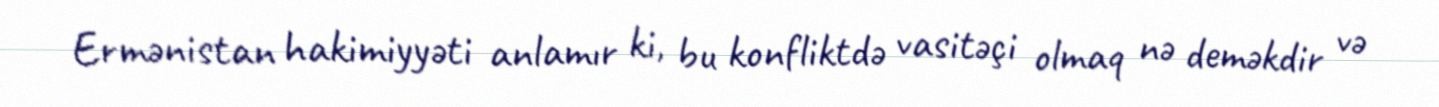
Ermənistan hakimiyyəti anlamır ki, bu konfliktdə vasitəçi olmaq nə deməkdir və